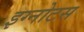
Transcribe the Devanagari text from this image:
इग्नोटस